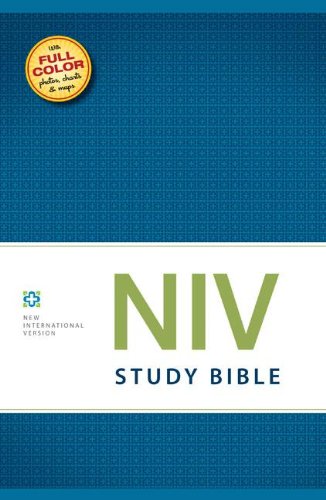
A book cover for NIV Study Bible, Hardcover; Zondervan; Christian Books & Bibles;